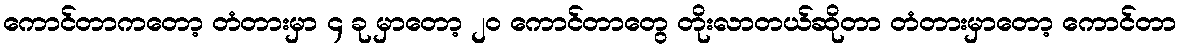
ကောင်တာကတော့ တံတားမှာ ၄ ခု မှာတော့ ၂၀ ကောင်တာတွေ တိုးလာတယ်ဆိုတာ တံတားမှာတော့ ကောင်တာ